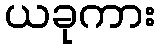
ယခုကား